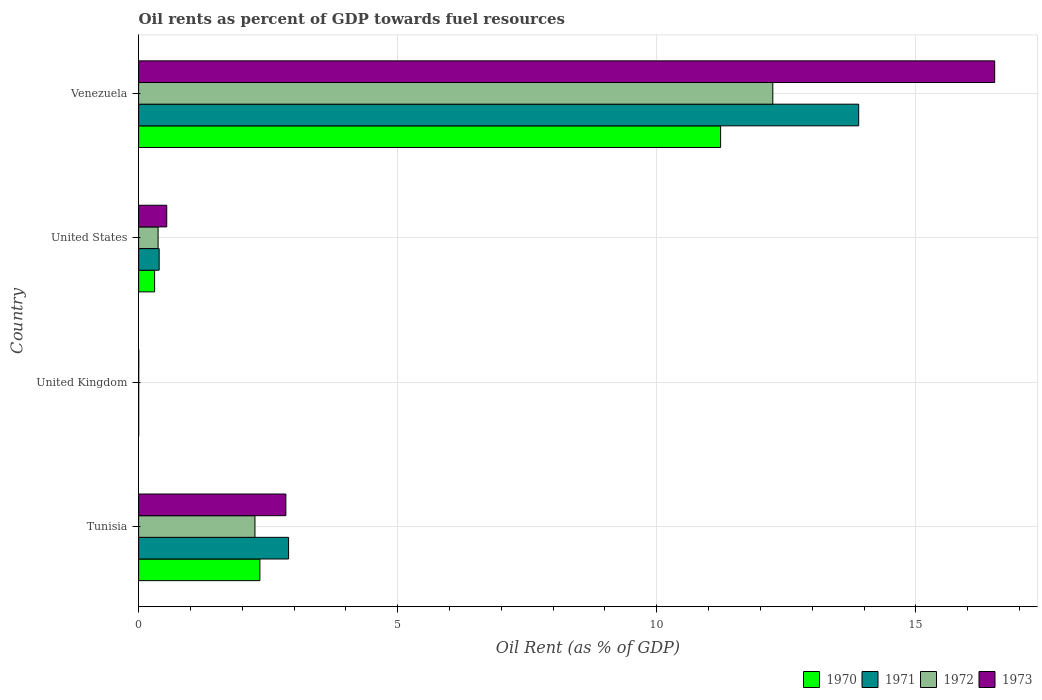
| Country | 1970 | 1971 | 1972 | 1973 |
 | --- | --- | --- | --- | --- |
 | Tunisia | 2.34 | 2.89 | 2.25 | 2.84 |
 | United Kingdom | 0.000886 | 0.000708 | 0.00129 | 0.00224 |
 | United States | 0.308 | 0.396 | 0.376 | 0.542 |
 | Venezuela | 11.2 | 13.9 | 12.2 | 16.5 |